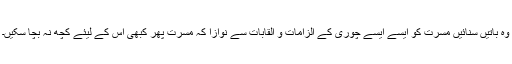
وہ باتیں سنائیں مسرت کو ایسے ایسے چوری کے الزامات و القابات سے نوازا کہ مسرت پھر کبھی اس کے لیئے کچھ نہ بچا سکیں۔